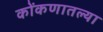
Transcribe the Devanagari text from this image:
कोंकणातल्या